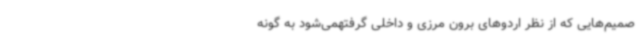
صمیم‌هایی که از نظر اردوهای برون مرزی و داخلی گرفتهمی‌شود به گونه